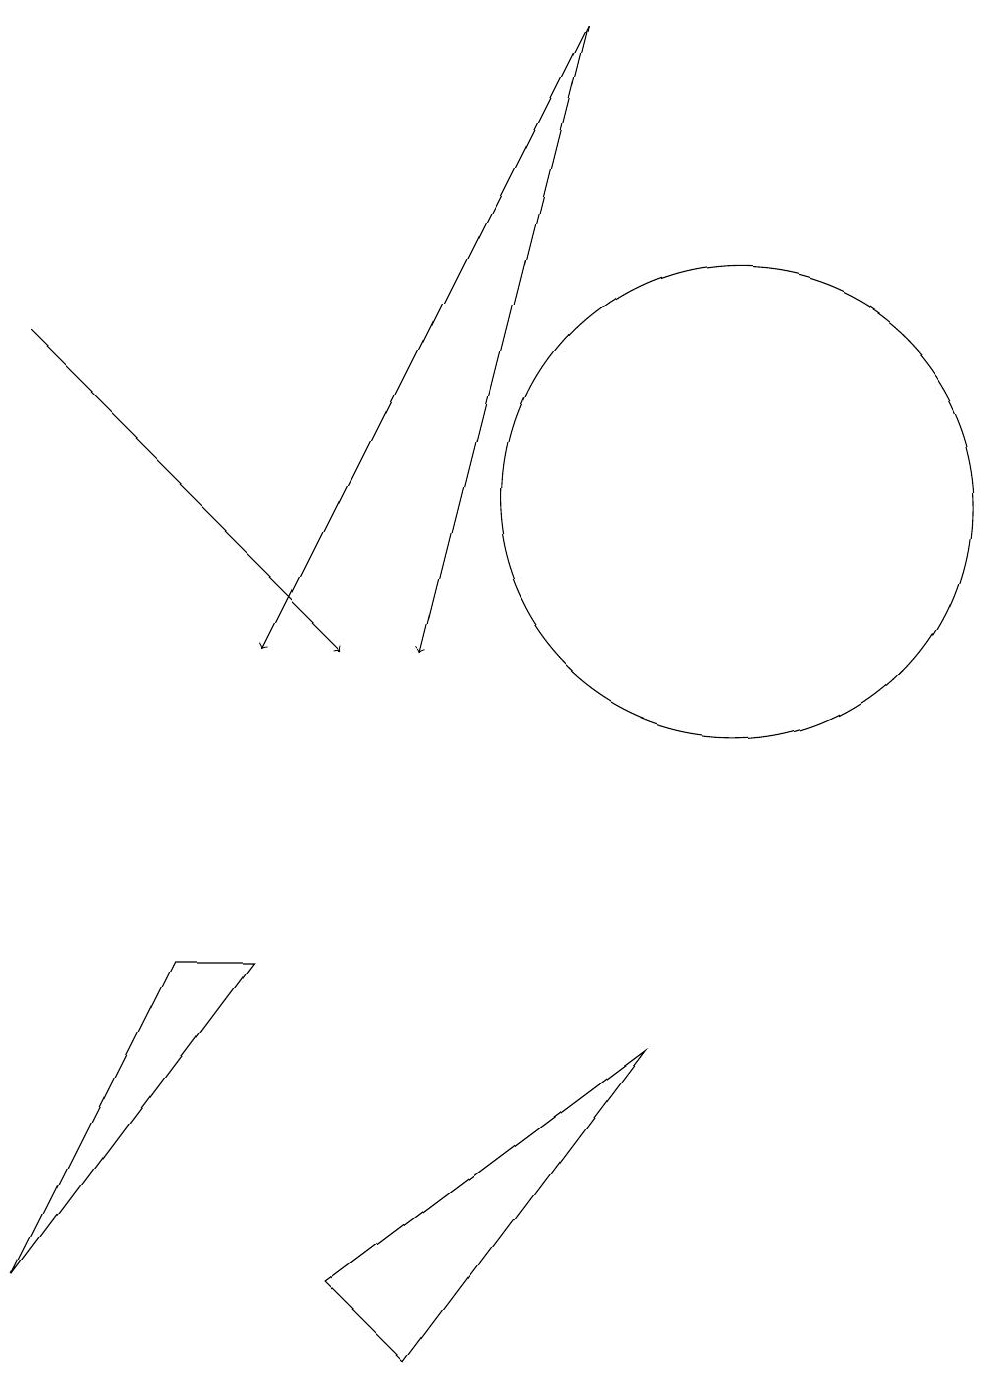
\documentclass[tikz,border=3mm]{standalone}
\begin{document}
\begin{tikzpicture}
\draw[->] (1,14) -- (5,10);
\draw (1,2) -- (3,6) -- (4,6) -- cycle;
\draw (10,12) circle (3);
\draw[->] (8,18) -- (4,10);
\draw[->] (8,18) -- (6,10);
\draw (9,5) -- (5,2) -- (6,1) -- cycle;
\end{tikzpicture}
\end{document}